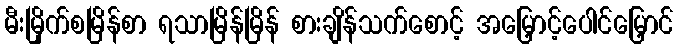
မီးမြိုက်စမြိန်စာ ရသာမြိန်မြိန် စားချိန်သက်စောင့် အမြှောင့်ပေါင်မြှောင်